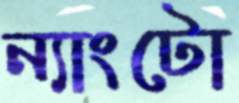
ন্যাংটো